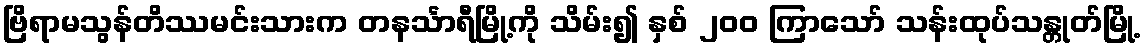
ဗြိရာမသွန်တိဿမင်းသားက တနင်္သာရီမြို့ကို သိမ်း၍ နှစ် ၂၀၀ ကြာသော် သန်းထုပ်သန္တုတ်မြို့